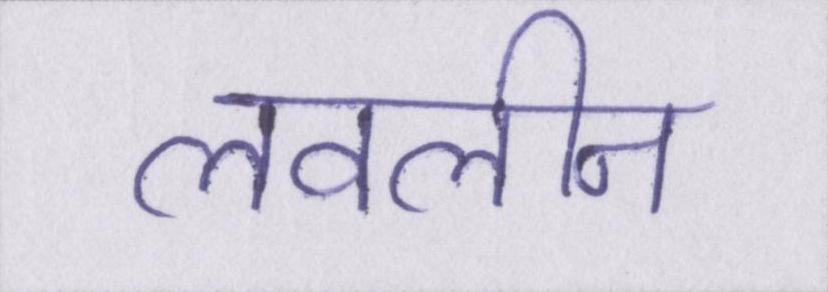
लवलीन